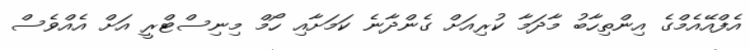
އެފްއޭއެމްގެ އިންތިހާބު މާދަމާ ކުރިއަށް ގެންދާނެ ކަމަށާއި ހޯމް މިނިސްޓްރީ އަށް އެއްވެސް